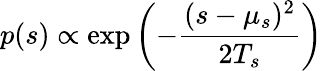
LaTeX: p(s)\propto\exp\left(-\frac{(s-\mu_{s})^{2}}{2T_{s}}\right)